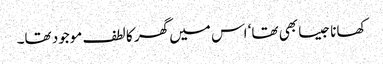
کھانا جیسا بھی تھا‘ اس میں گھر کا لطف موجود تھا۔